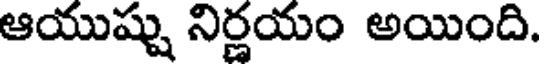
ఆయుష్షు నిర్ణయం అయింది.